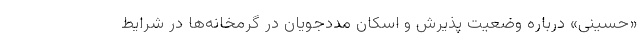
«حسینی» درباره وضعیت پذیرش و اسکان مددجویان در گرمخانه‌ها در شرایط